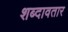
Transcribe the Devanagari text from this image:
शब्दावतार